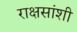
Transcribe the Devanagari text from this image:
राक्षसांशी